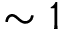
\sim 1